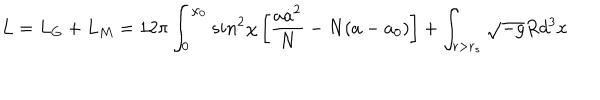
LaTeX: L = L _ { G } + L _ { M } = 1 2 \pi \int _ { 0 } ^ { \chi _ { 0 } } s i n ^ { 2 } \chi \left[ \frac { a \dot { a } ^ { 2 } } { N } - N ( a - a _ { 0 } ) \right] + \int _ { r > r _ { s } } \sqrt { - g } R d ^ { 3 } x